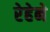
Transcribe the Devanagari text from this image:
रेहेने